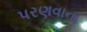
પરણવાના